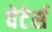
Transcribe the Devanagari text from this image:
वेटेर्स